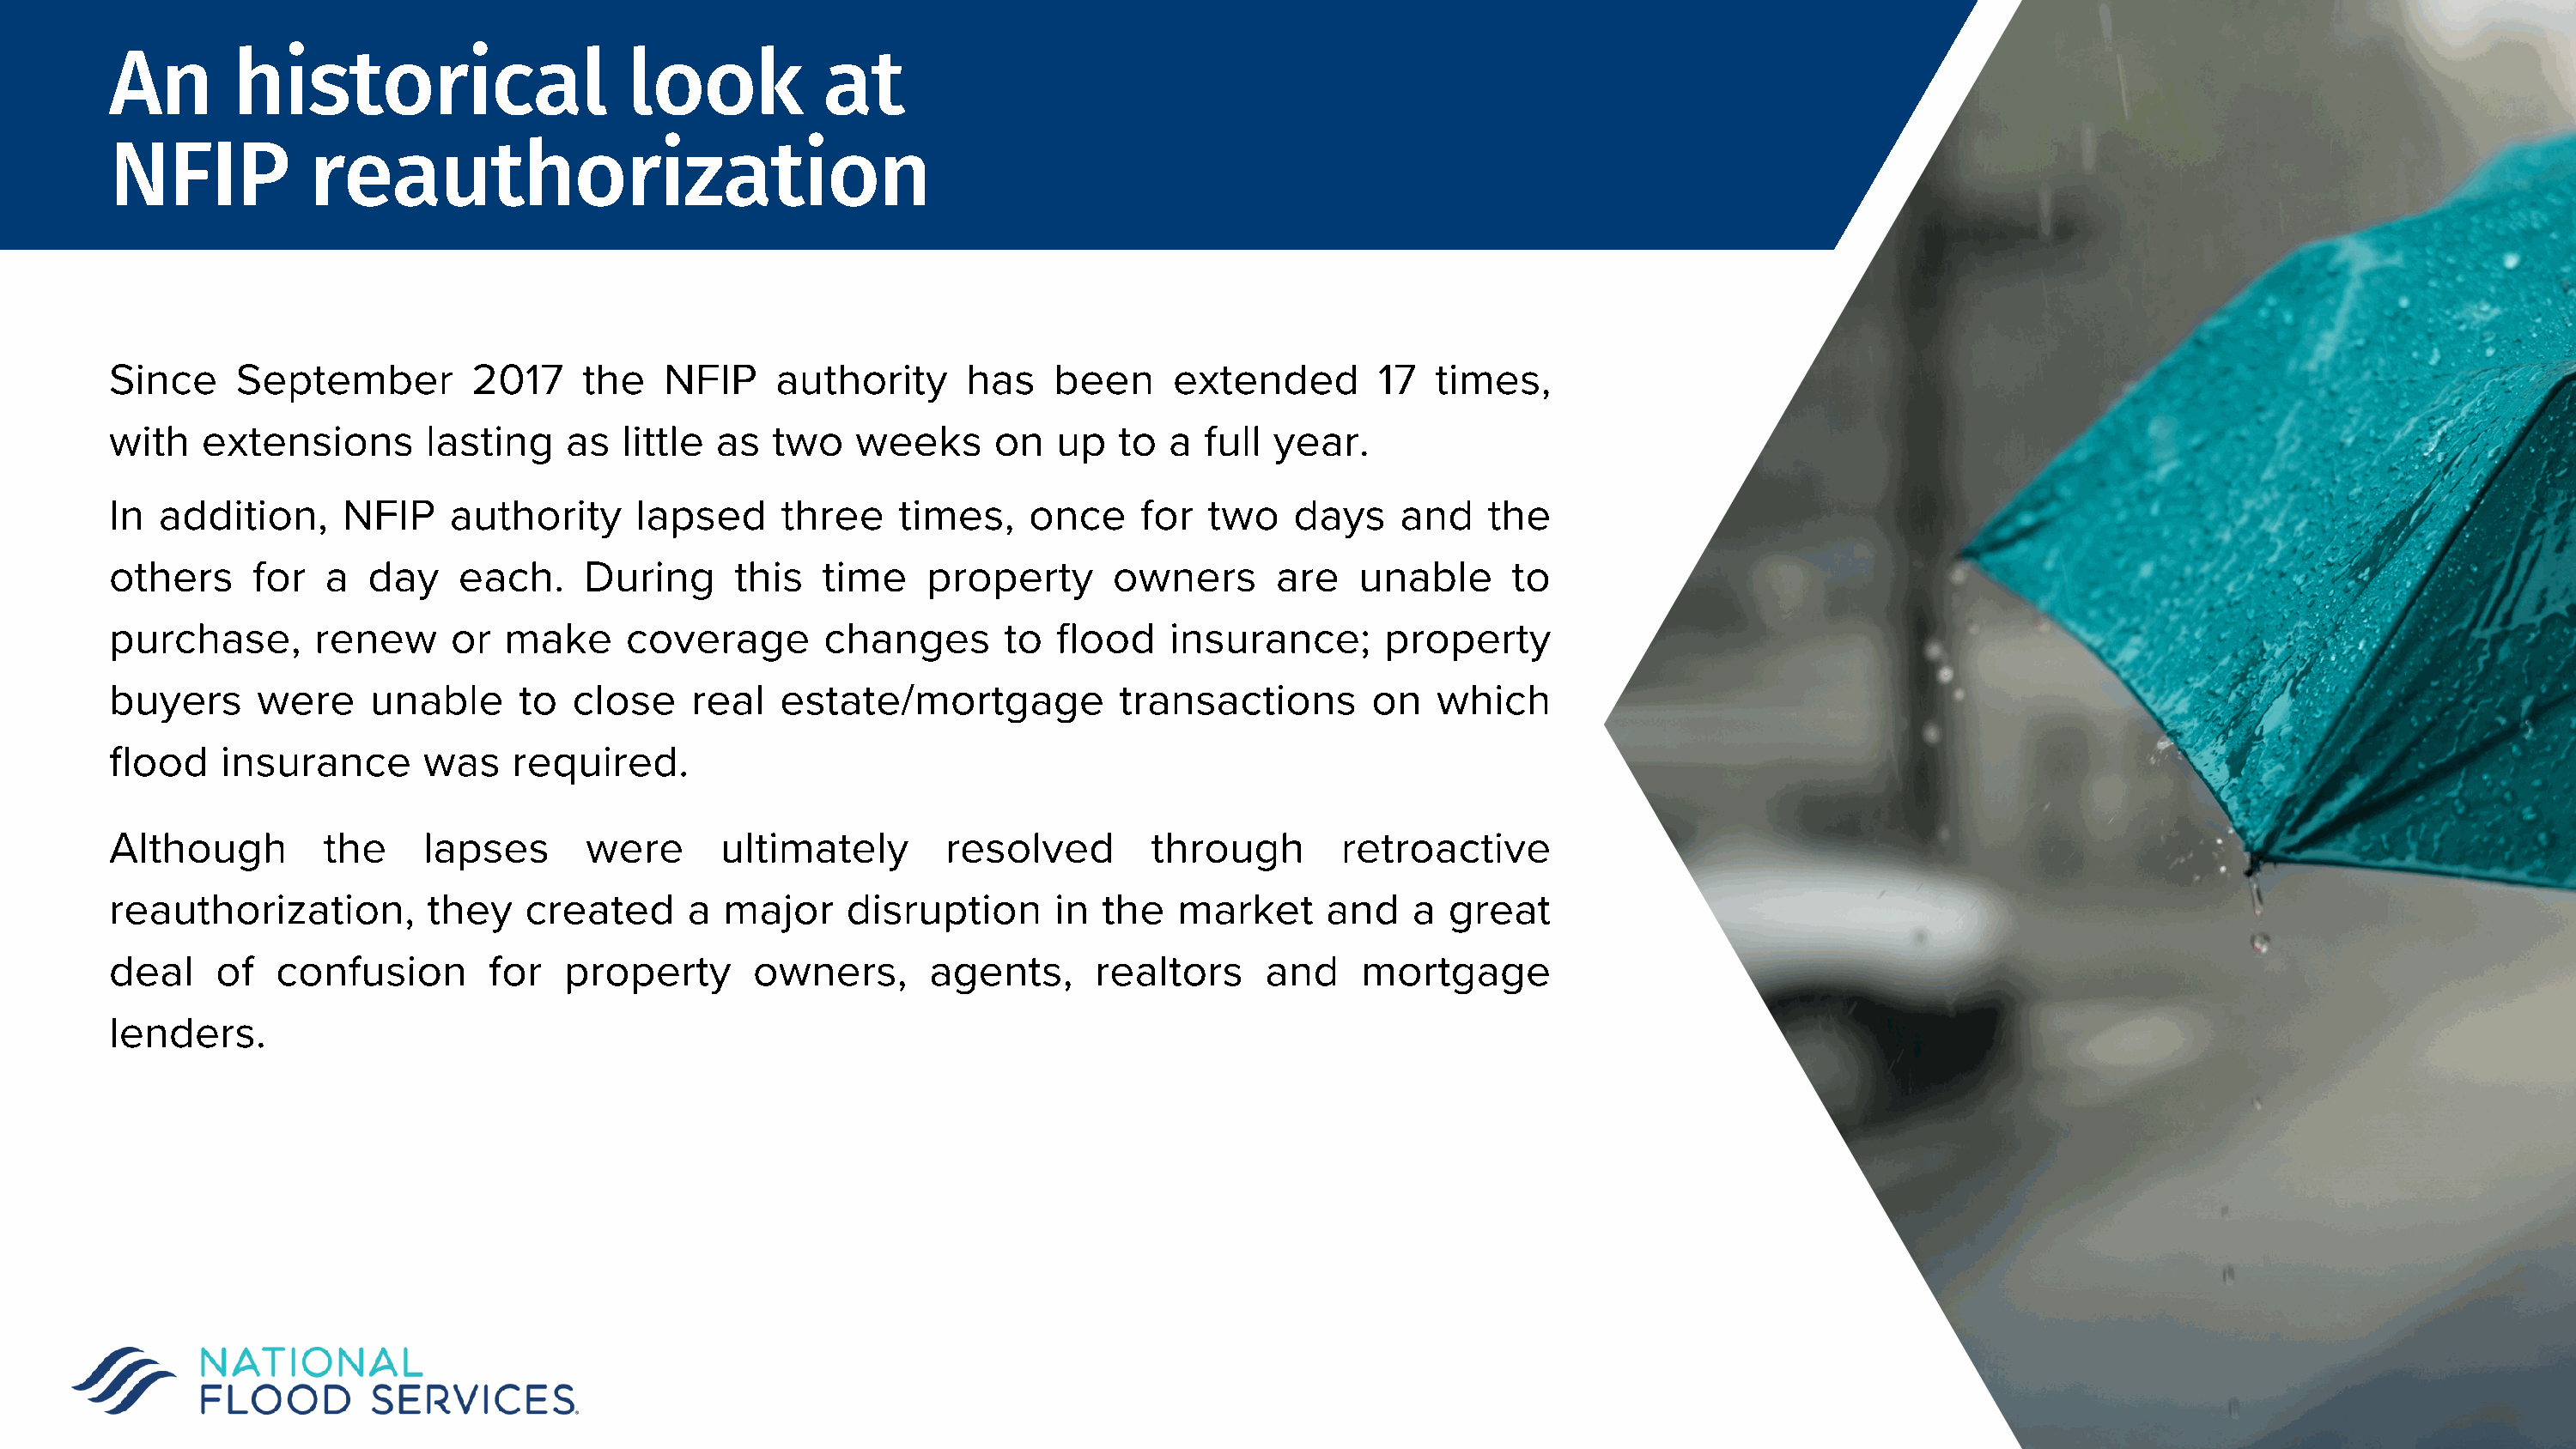
An        historical                    look           at
 NFIP            reauthorization
 Since     September         2017     the   NFIP     authority     has    been     extended        17   times,
 with    extensions       lasting    as  little as   two   weeks      on  up   to  a  full year.
 In  addition,     NFIP     authority     lapsed     three    times,    once     for  two    days    and    the
 others     for   a  day    each.     During      this  time    property       owners      are    unable      to
 purchase,       renew      or  make     coverage       changes       to  flood    insurance;       property
 buyers      were     unable     to  close    real   estate/mortgage           transactions        on   which
 flood    insurance       was   required.
 Although         the     lapses      were       ultimately       resolved        through       retroactive
 reauthorization,         they   created      a  major    disruption      in  the   market     and    a  great
 deal     of  confusion        for  property       owners,       agents,     realtors      and    mortgage
 lenders.